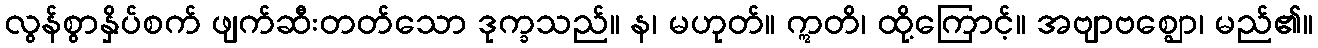
လွန်စွာနှိပ်စက် ဖျက်ဆီးတတ်သော ဒုက္ခသည်။ န၊ မဟုတ်။ ဣတိ၊ ထို့ကြောင့်။ အဗျာဗစ္ဈော၊ မည်၏။